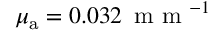
\mu _ { { \mathrm a } } = 0 . 0 3 2 \, \textrm { m m } ^ { - 1 }